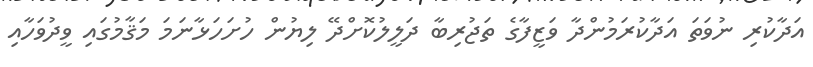
އަދާކުރި ނުވަތަ އަދާކުރަމުންދާ ވަޒީފާގެ ތަޖުރިބާ ދަލީލުކޮށްދޭ ލިޔުން ހުށަހަޅާނަމަ މަޤާމުގައި ވީދުވަހާއި